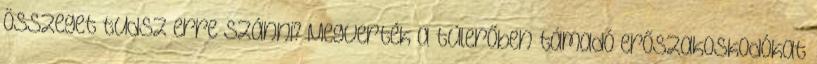
összeget tudsz erre szánni? Megverték a túlerőben támadó erőszakoskodókat